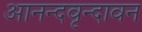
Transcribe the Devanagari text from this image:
आनन्दवृन्दावन